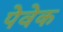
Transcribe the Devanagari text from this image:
पेवेक